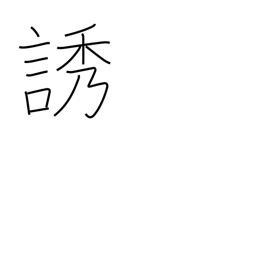
Meaning: call for